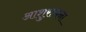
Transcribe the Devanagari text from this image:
आशुराचना